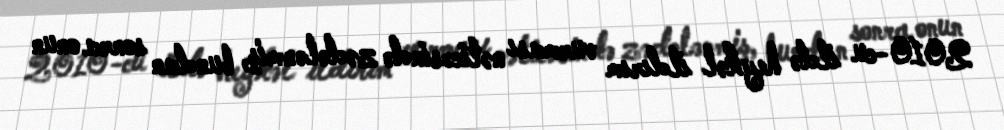
2010-cu ildə heykəl ildırım vurması nəticəsində zədələnmiş, bundan sonra onun